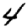
Digit: 4